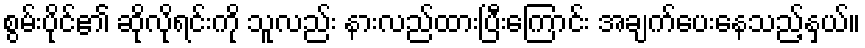
စွမ်းပိုင်၏ ဆိုလိုရင်းကို သူလည်း နားလည်ထားပြီးကြောင်း အချက်ပေးနေသည့်နှယ်။